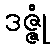
ဒဇ္ဇုံ